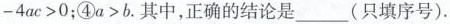
$$-4ac>0$$；④$$a>b$$.其中，正确的结论是___(只填序号).